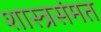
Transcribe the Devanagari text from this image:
शास्त्रसंमत